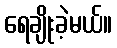
ရေချိုးခဲ့မယ်။